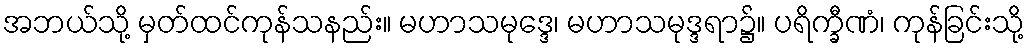
အဘယ်သို့ မှတ်ထင်ကုန်သနည်း။ မဟာသမုဒ္ဒေ၊ မဟာသမုဒ္ဒရာ၌။ ပရိက္ခီဏံ၊ ကုန်ခြင်းသို့